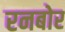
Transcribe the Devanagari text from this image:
रनबोर